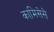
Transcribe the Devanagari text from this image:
कामिसेसे